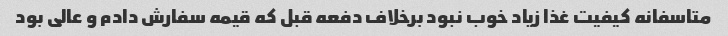
متاسفانه کیفیت غذا زیاد خوب نبود برخلاف دفعه قبل که قیمه سفارش دادم و عالی بود